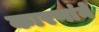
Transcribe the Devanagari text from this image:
कारणांने